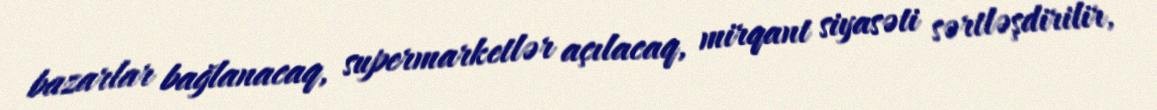
bazarlar bağlanacaq, supermarketlər açılacaq, mirqant siyasəti sərtləşdirilir,